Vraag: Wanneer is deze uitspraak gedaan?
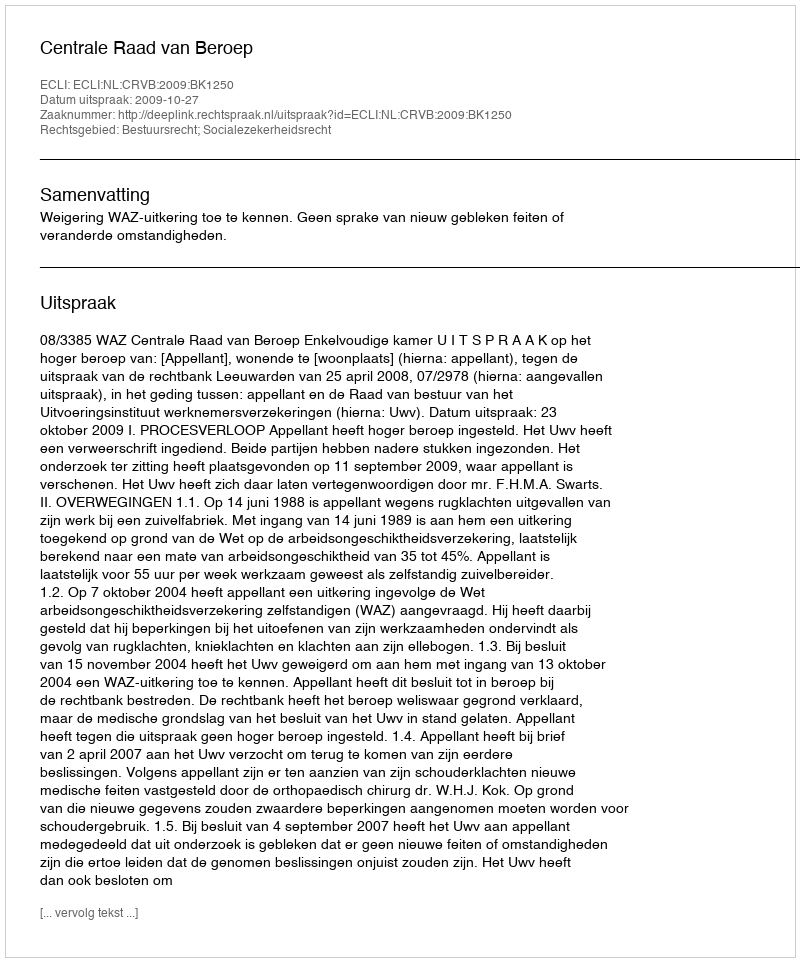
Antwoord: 2009-10-27